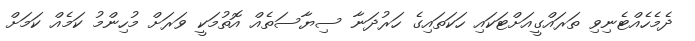
ދެމެހެއްޓެނިވި ތަރައްގީއަށްޓަކައި ހަކަތައިގެ ހަރުދަނާ ސިޔާސަތެއް އޮތުމަކީ ވަރަށް މުހިންމު ކަމެއް ކަމަށް